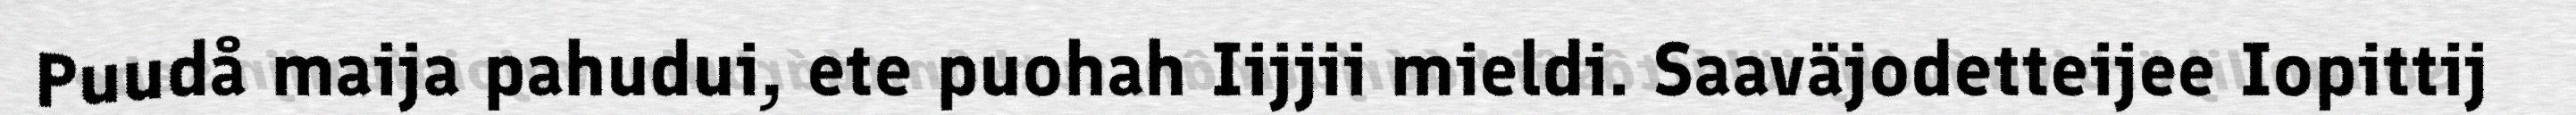
Puudå maija pahudui, ete puohah Iijjii mieldi. Saaväjodetteijee Iopittij